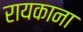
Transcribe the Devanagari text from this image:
रायकाना